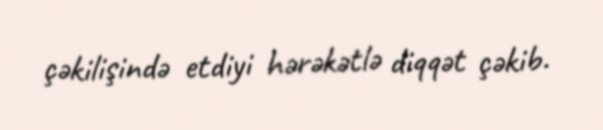
çəkilişində etdiyi hərəkətlə diqqət çəkib.